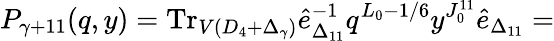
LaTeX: P_{\gamma+11}(q,y)=\mathrm{Tr}_{V(D_{4}+\Delta_{\gamma})}\hat{e}_{\Delta_{11}}^{-1}q^{L_{0}-1/6}y^{J_{0}^{11}}\hat{e}_{\Delta_{11}}=